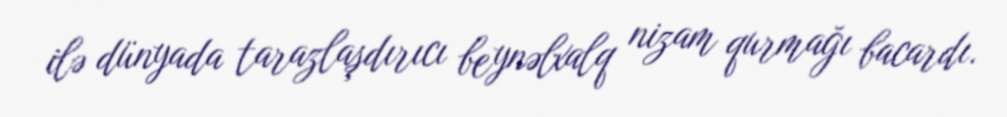
ilə dünyada tarazlaşdırıcı beynəlxalq nizam qurmağı bacardı.